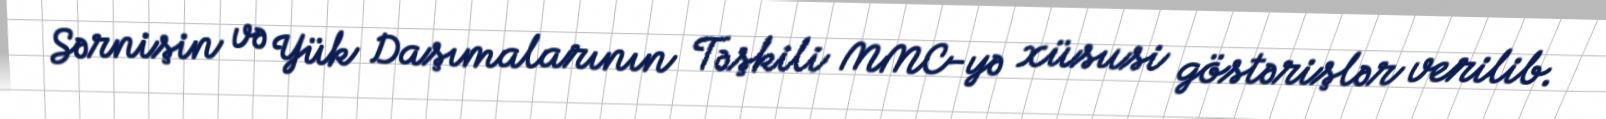
Sərnişin və Yük Daşımalarının Təşkili MMC-yə xüsusi göstərişlər verilib.